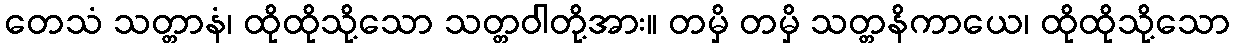
တေသံ သတ္တာနံ၊ ထိုထိုသို့သော သတ္တဝါတို့အား။ တမှိ တမှိ သတ္တနိကာယေ၊ ထိုထိုသို့သော